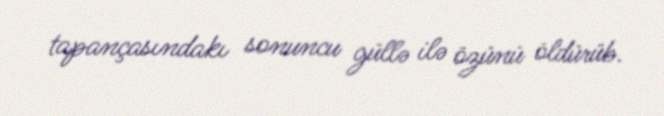
tapançasındakı sonuncu güllə ilə özünü öldürüb.